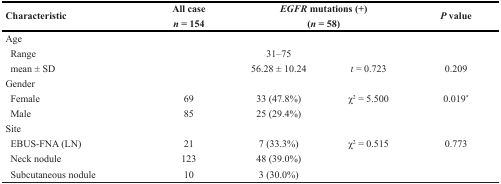
<table><thead><tr><td rowspan="2"><b>Characteristic</b></td><td><b>All case</b></td><td colspan="2"><b><i>EGFR</i> mutations (+)</b></td><td rowspan="2"><b><i>P</i> value</b></td></tr><tr><td><b><i>n</i> = 154</b></td><td colspan="2"><b>(<i>n</i> = 58)</b></td></tr></thead><tbody><tr><td>Age</td><td></td><td></td><td></td><td></td></tr><tr><td> Range</td><td></td><td>31–75</td><td></td><td></td></tr><tr><td> mean ± SD</td><td></td><td>56.28 ± 10.24</td><td><i>t</i> = 0.723</td><td>0.209</td></tr><tr><td>Gender</td><td></td><td></td><td></td><td></td></tr><tr><td> Female</td><td>69</td><td>33 (47.8%)</td><td>χ<sup>2</sup> = 5.500</td><td>0.019<sup>*</sup></td></tr><tr><td> Male</td><td>85</td><td>25 (29.4%)</td><td></td><td></td></tr><tr><td>Site</td><td></td><td></td><td></td><td></td></tr><tr><td> EBUS-FNA (LN)</td><td>21</td><td>7 (33.3%)</td><td>χ<sup>2</sup> = 0.515</td><td>0.773</td></tr><tr><td> Neck nodule</td><td>123</td><td>48 (39.0%)</td><td></td><td></td></tr><tr><td> Subcutaneous nodule</td><td>10</td><td>3 (30.0%)</td><td></td><td></td></tr></tbody></table>